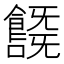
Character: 𩞞